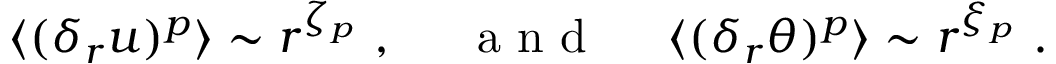
\begin{array} { r } { \langle ( \delta _ { r } u ) ^ { p } \rangle \sim r ^ { \zeta _ { p } } \ , \ \ \ \ \mathrm { ~ a ~ n ~ d ~ } \ \ \ \ \langle ( \delta _ { r } \theta ) ^ { p } \rangle \sim r ^ { \xi _ { p } } \ . } \end{array}